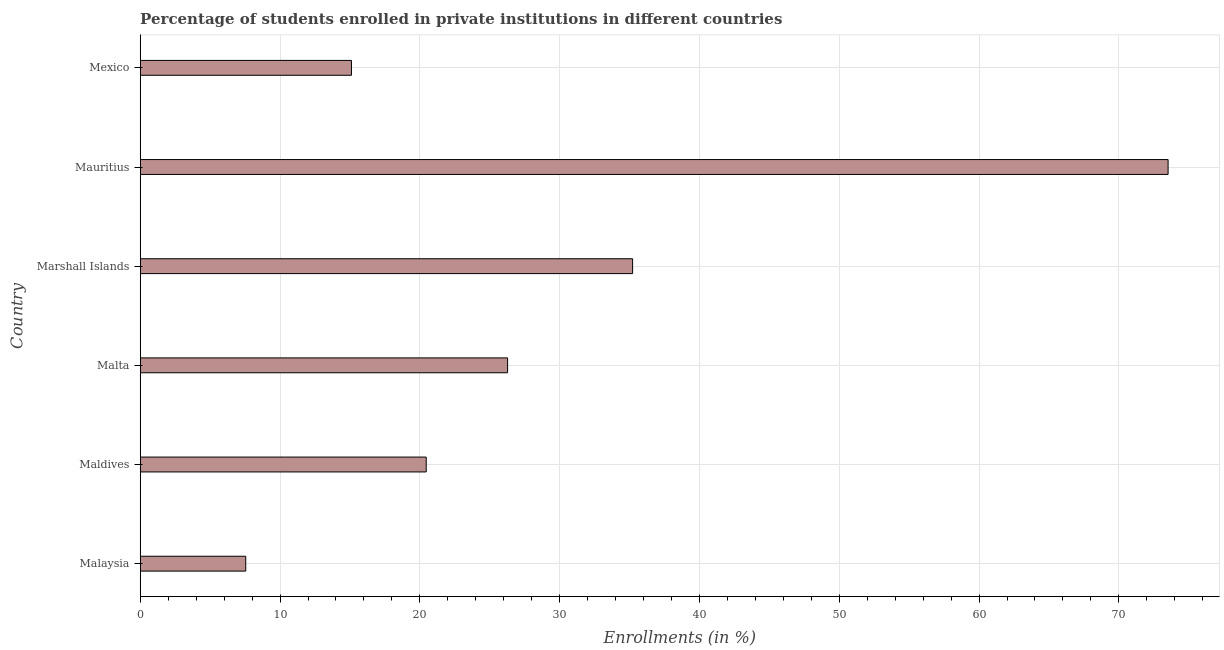
| Country | Enrollments |
 | --- | --- |
 | Malaysia | 7.55 |
 | Maldives | 20.5 |
 | Malta | 26.3 |
 | Marshall Islands | 35.2 |
 | Mauritius | 73.5 |
 | Mexico | 15.1 |